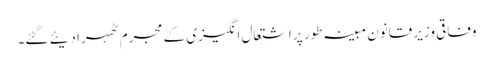
وفاقی وزیر قانون مبینہ طور پر اشتعال انگیزی کے مجرم ٹھہرا دیئے گئے۔